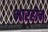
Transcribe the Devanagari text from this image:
भारहीन